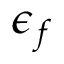
\epsilon _ { f }